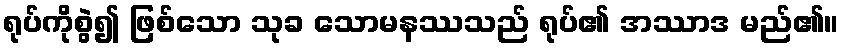
ရုပ်ကိုစွဲ၍ ဖြစ်သော သုခ သောမနဿသည် ရုပ်၏ အဿာဒ မည်၏။